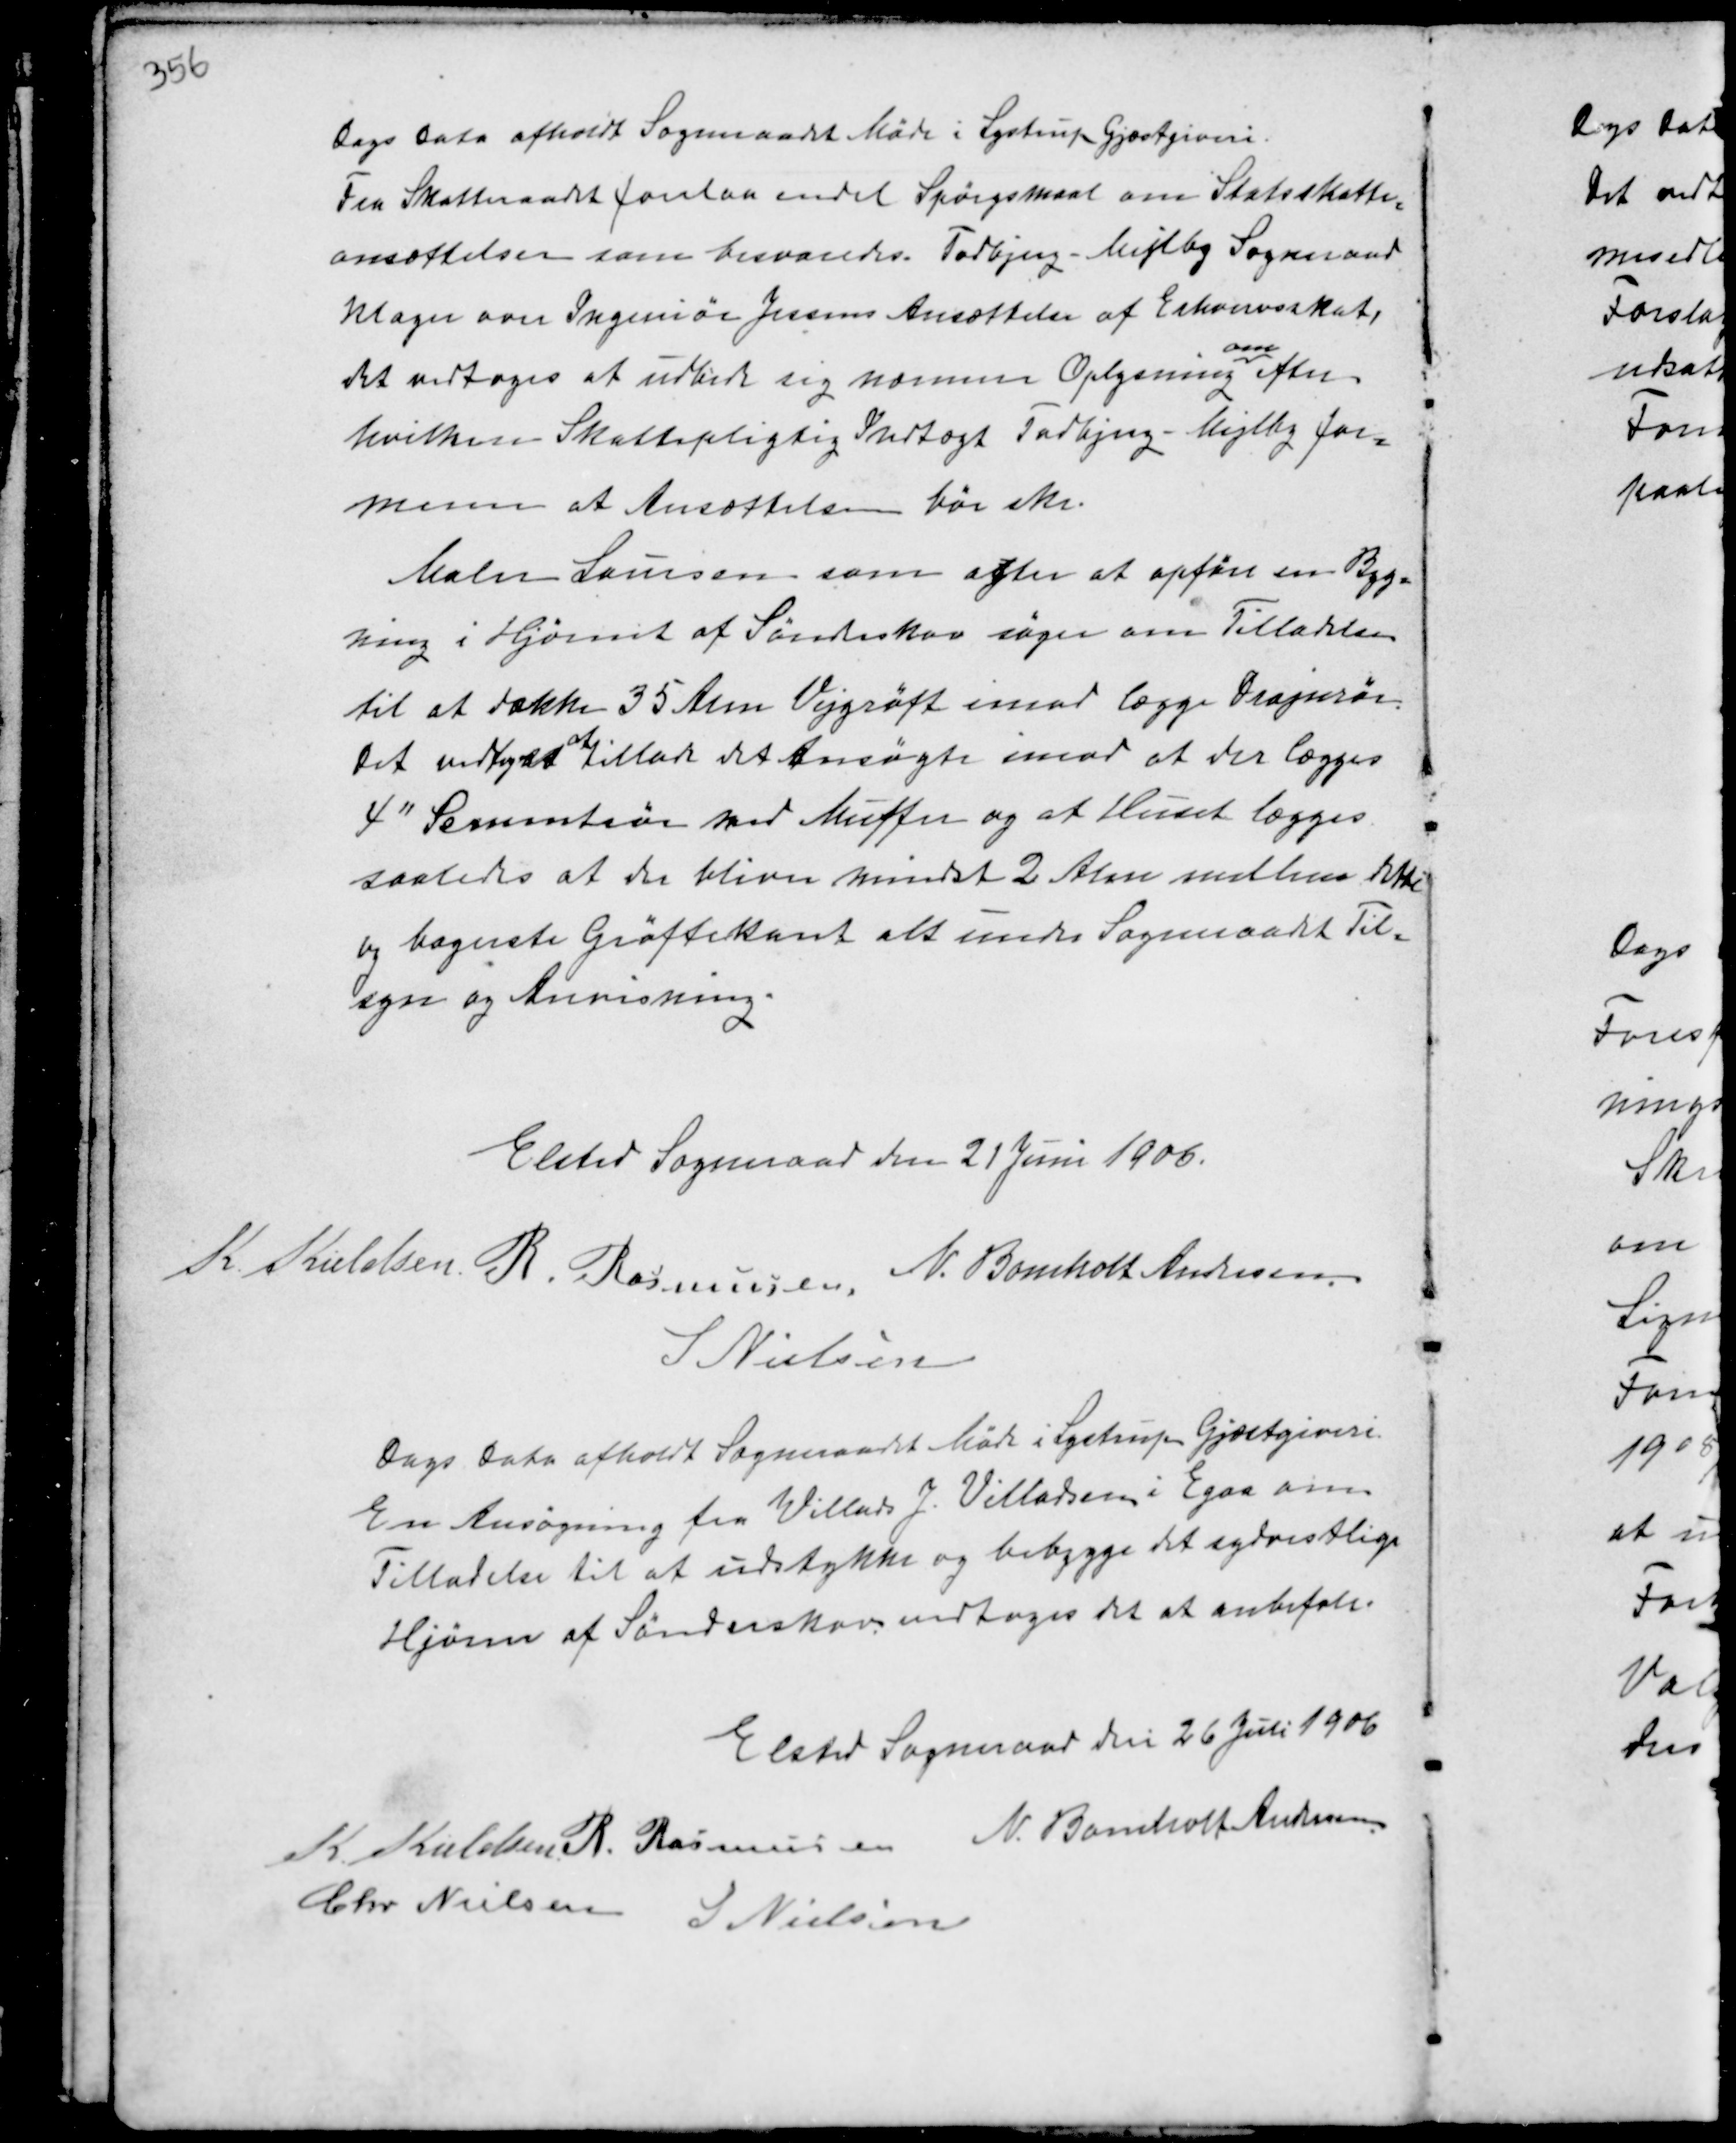
Transskription:
Dags Dato afholdt Sogneraadet Møde i Lystrup Gjæstgiveri.
Fra Skatteraadet forelaa endel Spørgsmaal om Statsskatte-
ansættelsen som besvaredes. Todbjerg-Mejlby Sogneraad
Klager over Ingeniør Jensens Ansættelse af Erhvervsskat,
det vedtoges at udbede sig nærmere Oplysning
om
efter
hvilken Skattepligtig Indtægt Todbjerg-Mejlby for-
mener at Ansættelsen bør ske.
Maler Laursen som efter at opføre en Byg-
ning i Hjørnet af Sønderskov søger om Tilladelse
til at dække 35 Alen Vejgrøft imod at lægge Dræjnrør.
Det vedtoges
at
tillade det Ansøgte imod at der lægges
4" Cementrør med Muffer og at Huset lægges
saaledes at der bliver mindst 2 Alen mellem dette
og bagerste Grøftekant alt under Sogneraadet Til-
syn og Anvisning.

Elsted Sogneraad den 21 Juni 1906.
K. Kieldsen R. Rasmussen
N. Bomholt Andersen
S Nielsen

Dags Dato afholdt Sogneraadet Møde i Lystrup Gjæstgiveri.
En Ansøgning fra Willads J. Villadsen i Egaa om
Tilladelse til at udstykke og bebygge det sydvestlige
Hjørne af Sønderskov vedtoges det at anbefale.

Elsted Sogneraad den 26 Juli 1906
K. Kieldsen R. Rasmussen N. Bomholt Andersen
Chr Nielsen
S Nielsen